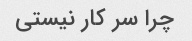
چرا سر کار نیستی